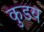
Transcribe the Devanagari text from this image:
कुडय